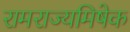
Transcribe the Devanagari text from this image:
रामराज्यमिषेक